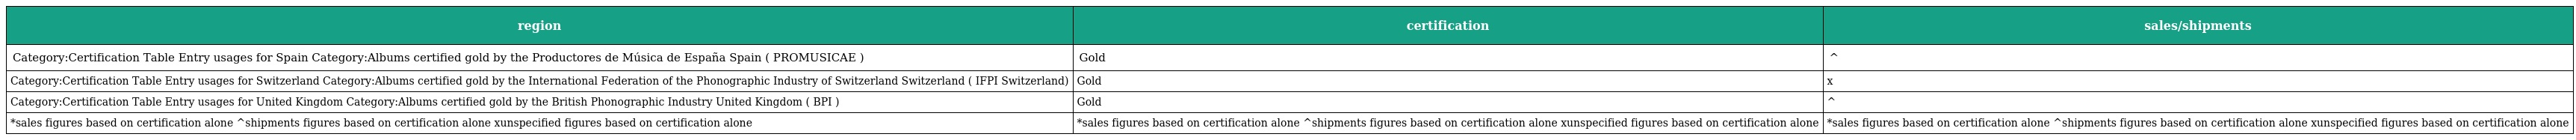
| region | certification | sales/shipments |
 | --- | --- | --- |
 | Category:Certification Table Entry usages for Spain Category:Albums certified gold by the Productores de Música de España Spain ( PROMUSICAE ) | Gold | ^ |
 | Category:Certification Table Entry usages for Switzerland Category:Albums certified gold by the International Federation of the Phonographic Industry of Switzerland Switzerland ( IFPI Switzerland) | Gold | x |
 | Category:Certification Table Entry usages for United Kingdom Category:Albums certified gold by the British Phonographic Industry United Kingdom ( BPI ) | Gold | ^ |
 | *sales figures based on certification alone ^shipments figures based on certification alone xunspecified figures based on certification alone | *sales figures based on certification alone ^shipments figures based on certification alone xunspecified figures based on certification alone | *sales figures based on certification alone ^shipments figures based on certification alone xunspecified figures based on certification alone |